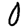
Digit: 0